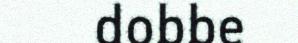
dobbe